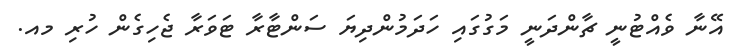
އޭނާ ވެއްޓުނީ ޗާންދަނީ މަގުގައި ހަދަމުންދިޔަ ސަންޓާރާ ޓަވަރާ ޖެހިގެން ހުރި މއ.